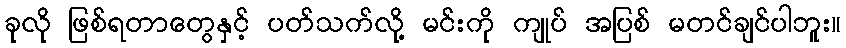
ခုလို ဖြစ်ရတာတွေနှင့် ပတ်သက်လို့ မင်းကို ကျုပ် အပြစ် မတင်ချင်ပါဘူး။